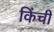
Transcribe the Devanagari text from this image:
किंची